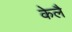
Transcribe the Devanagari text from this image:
केलै